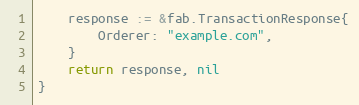
Language: Go
	response := &fab.TransactionResponse{
		Orderer: "example.com",
	}
	return response, nil
}